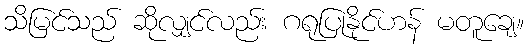
သိမြင်သည် ဆိုလျှင်လည်း ဂရုပြုနိုင်ဟန် မတူချေ။